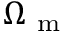
\Omega _ { \mathrm { ~ m ~ } }